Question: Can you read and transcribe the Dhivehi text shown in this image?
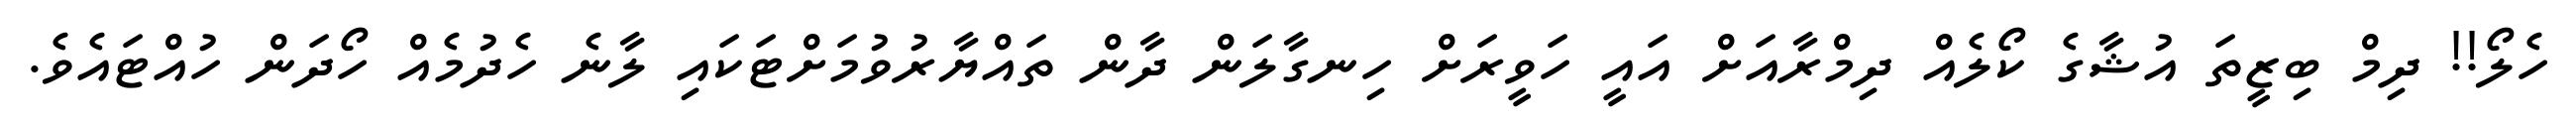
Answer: ހެލޯ!! ދިމް ބިޒީތަ އުޝާގެ ކޯލެއް ދިމްރާއަށް އައީ ހަވީރަށް ހިނގާލަން ދާން ތައްޔާރުވުމަށްޓަކައި ލާނެ ހެދުމެއް ހޯދަން ހުއްޓައެވެ.